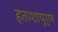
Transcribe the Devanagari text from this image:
हताशापूर्ण